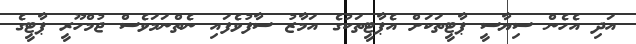
އަދި އެހެން ސިޔާސީ ޕާޓީތަކަށް އެޕާޓީތަކުގެ އަމާޒު ސާފުވެފައި ނެތްނަމަވެސް ޖުމްހޫރީ ޕާޓީގެ